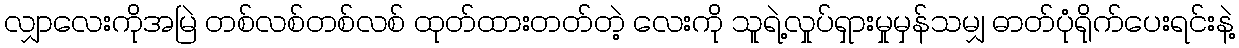
လျှာလေးကိုအမြဲ တစ်လစ်တစ်လစ် ထုတ်ထားတတ်တဲ့ လေးကို သူရဲ့လှုပ်ရှားမှုမှန်သမျှ ဓာတ်ပုံရိုက်ပေးရင်းနဲ့